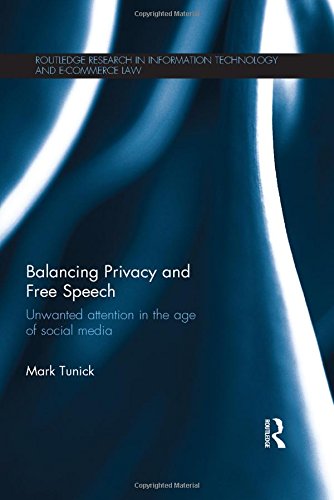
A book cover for Balancing Privacy and Free Speech: Unwanted Attention in the Age of Social Media (Routledge Research in Information Technology and E-Commerce Law); Mark Tunick; Law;